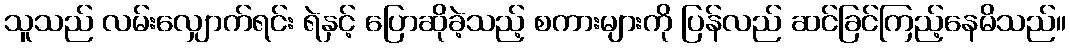
သူသည် လမ်းလျှောက်ရင်း ရဲနှင့် ပြောဆိုခဲ့သည့် စကားများကို ပြန်လည် ဆင်ခြင်ကြည့်နေမိသည်။